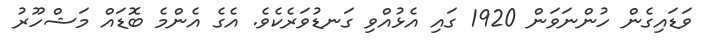
ވަޑައިގެން ހުންނަވަން 1920 ގައި އެޅުއްވި ގަނޑުވަރެކެވެ. އެގެ އެންމެ ބޮޑައް މަޝްހޫރު